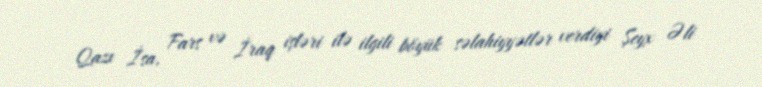
Qazı İsa, Fars və İraq işləri ilə ilgili böyük səlahiyyətlər verdiyi Şeyx Əli